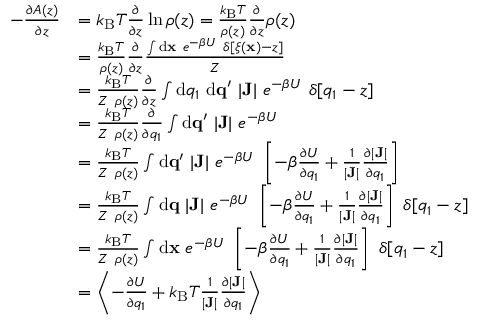
\begin{array} { r l } { - \frac { \partial A ( z ) } { \partial z } } & { = k _ { \mathrm { B } } T \frac { \partial } { \partial z } \ln \rho ( z ) = \frac { k _ { \mathrm { B } } T } { \rho ( z ) } \frac { \partial } { \partial z } \rho ( z ) } \\ & { = \frac { k _ { \mathrm { B } } T } { \rho ( z ) } \frac { \partial } { \partial z } \frac { \int \ensuremath { \mathrm { d } } \ensuremath { \mathbf { x } } \ e ^ { - \beta U } \ \delta [ \xi ( \ensuremath { \mathbf { x } } ) - z ] } { Z } } \\ & { = \frac { k _ { \mathrm { B } } T } { Z \ \rho ( z ) } \frac { \partial } { \partial z } \int \ensuremath { \mathrm { d } } q _ { 1 } \ \ensuremath { \mathrm { d } } \ensuremath { \mathbf { q } } ^ { \prime } \ | \mathbf { J } | \ e ^ { - \beta U } \ \delta [ q _ { 1 } - z ] } \\ & { = \frac { k _ { \mathrm { B } } T } { Z \ \rho ( z ) } \frac { \partial } { \partial q _ { 1 } } \int \ensuremath { \mathrm { d } } \ensuremath { \mathbf { q } } ^ { \prime } \ | \mathbf { J } | \ e ^ { - \beta U } \ } \\ & { = \frac { k _ { \mathrm { B } } T } { Z \ \rho ( z ) } \int \ensuremath { \mathrm { d } } \ensuremath { \mathbf { q } } ^ { \prime } \ | \mathbf { J } | \ e ^ { - \beta U } \ \left[ - \beta \frac { \partial U } { \partial q _ { 1 } } + \frac { 1 } { | \mathbf { J } | } \frac { \partial | \mathbf { J } | } { \partial q _ { 1 } } \right] } \\ & { = \frac { k _ { \mathrm { B } } T } { Z \ \rho ( z ) } \int \ensuremath { \mathrm { d } } \ensuremath { \mathbf { q } } \ | \mathbf { J } | \ e ^ { - \beta U } \ \left[ - \beta \frac { \partial U } { \partial q _ { 1 } } + \frac { 1 } { | \mathbf { J } | } \frac { \partial | \mathbf { J } | } { \partial q _ { 1 } } \right] \ \delta [ q _ { 1 } - z ] } \\ & { = \frac { k _ { \mathrm { B } } T } { Z \ \rho ( z ) } \int \ensuremath { \mathrm { d } } \ensuremath { \mathbf { x } } \ e ^ { - \beta U } \ \left[ - \beta \frac { \partial U } { \partial q _ { 1 } } + \frac { 1 } { | \mathbf { J } | } \frac { \partial | \mathbf { J } | } { \partial q _ { 1 } } \right] \ \delta [ q _ { 1 } - z ] } \\ & { = \left< - \frac { \partial U } { \partial q _ { 1 } } + k _ { \mathrm { B } } T \frac { 1 } { | \mathbf { J } | } \frac { \partial | \mathbf { J } | } { \partial q _ { 1 } } \right> } \end{array}